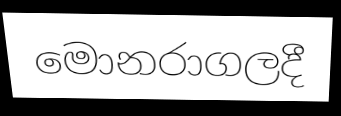
මොනරාගලදී